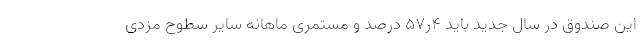
این صندوق در سال جدید باید ۴ر۵۷ درصد و مستمری ماهانه سایر سطوح مزدی